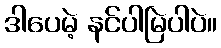
ဒါပေမဲ့ နင်ပါမြဲပါပဲ။